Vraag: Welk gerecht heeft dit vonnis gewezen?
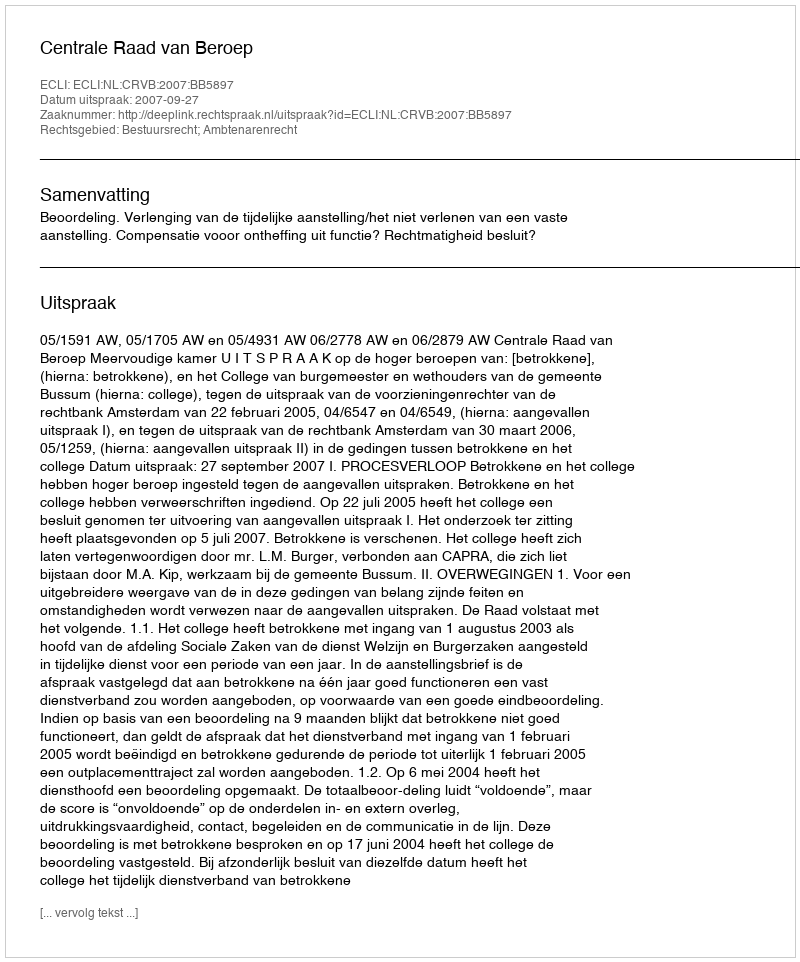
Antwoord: Centrale Raad van Beroep